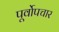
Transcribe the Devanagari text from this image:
पूर्वोपचार